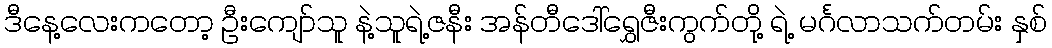
ဒီနေ့လေးကတော့ ဦးကျော်သူ နဲ့သူရဲ့ဇနီး အန်တီဒေါ်ရွှေဇီးကွက်တို့ ရဲ့ မင်္ဂလာသက်တမ်း နှစ်